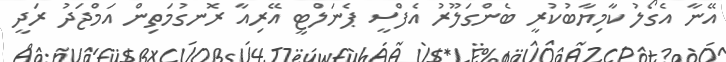
އޭނާ އެގޯލު ކާމިޔާބުކުރީ ބެންގަލޫރު އެފްސީ ޕެނަލްޓީ އޭރިއާ ރޮނގުމަތިން އަމްޖަދު ރަދީ